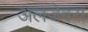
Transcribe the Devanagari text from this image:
अलजेबरा